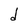
Character: d